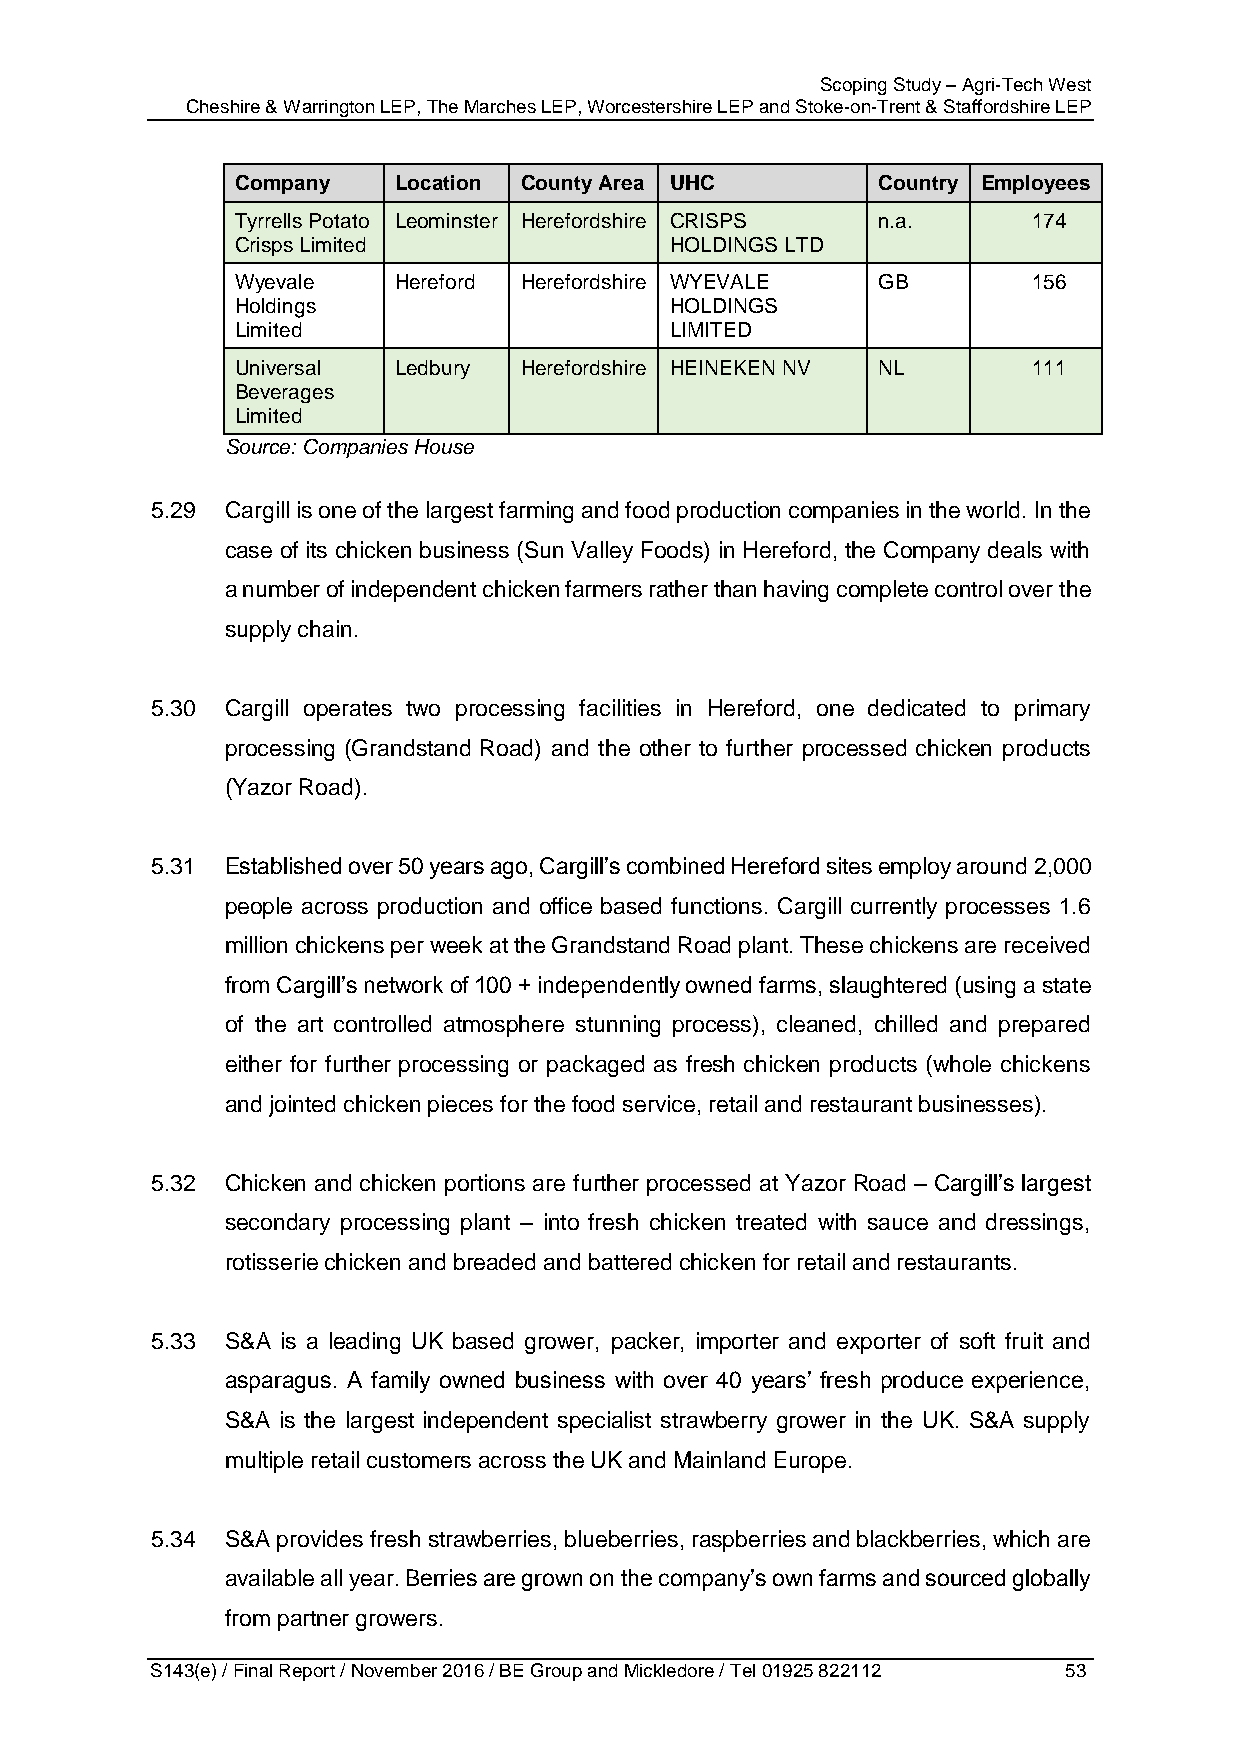
Scoping Study – Agri-Tech West
 Cheshire & Warrington LEP, The Marches LEP, Worcestershire LEP and Stoke-on-Trent & Staffordshire LEP
 Company   Location County Area UHC        Country Employees
 Tyrrells Potato Leominster Herefordshire CRISPS n.a. 174
 Crisps Limited              HOLDINGS LTD
 Wyevale   Hereford Herefordshire WYEVALE  GB        156
 Holdings                    HOLDINGS
 Limited                     LIMITED
 Universal Ledbury Herefordshire HEINEKEN NV NL      111
 Beverages
 Limited
 Source: Companies House
 5.29 Cargill is one of the largest farming and food production companies in the world. In the
 case of its chicken business (Sun Valley Foods) in Hereford, the Company deals with
 a number of independent chicken farmers rather than having complete control over the
 supply chain.
 5.30 Cargill operates two processing facilities in Hereford, one dedicated to primary
 processing (Grandstand Road) and the other to further processed chicken products
 (Yazor Road).
 5.31 Established over 50 years ago, Cargill’s combined Hereford sites employ around 2,000
 people across production and office based functions. Cargill currently processes 1.6
 million chickens per week at the Grandstand Road plant. These chickens are received
 from Cargill’s network of 100 + independently owned farms, slaughtered (using a state
 of the art controlled atmosphere stunning process), cleaned, chilled and prepared
 either for further processing or packaged as fresh chicken products (whole chickens
 and jointed chicken pieces for the food service, retail and restaurant businesses).
 5.32 Chicken and chicken portions are further processed at Yazor Road – Cargill’s largest
 secondary processing plant – into fresh chicken treated with sauce and dressings,
 rotisserie chicken and breaded and battered chicken for retail and restaurants.
 5.33 S&A is a leading UK based grower, packer, importer and exporter of soft fruit and
 asparagus. A family owned business with over 40 years’ fresh produce experience,
 S&A is the largest independent specialist strawberry grower in the UK. S&A supply
 multiple retail customers across the UK and Mainland Europe.
 5.34 S&A provides fresh strawberries, blueberries, raspberries and blackberries, which are
 available all year. Berries are grown on the company’s own farms and sourced globally
 from partner growers.
 S143(e) / Final Report / November 2016 / BE Group and Mickledore / Tel 01925 822112 53